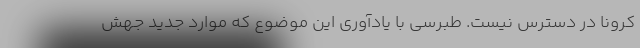
کرونا در دسترس نیست. طبرسی با یادآوری این موضوع که موارد جدید جهش